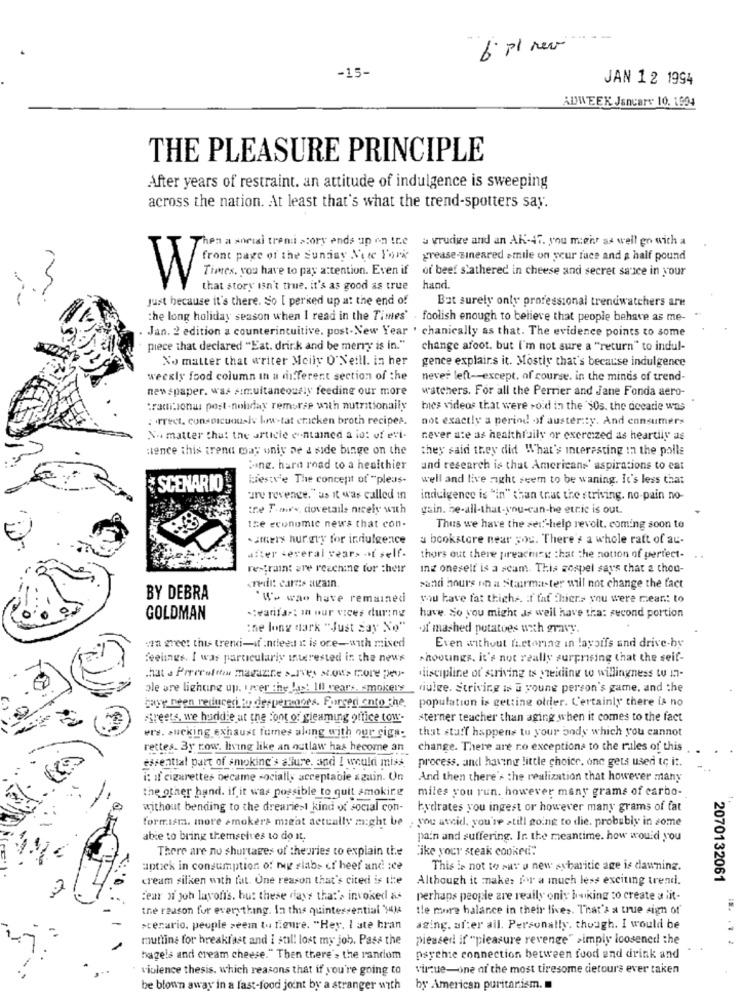
6. pl new
-15-
JAN 12 1994
ADWEEK January 10. 1504
THE PLEASURE PRINCIPLE
After years of restraint. an attitude of indulgence is sweeping
across the nation. At least that's what the trend-spotters say.
Then a social treni story ends up on the
a vrudige and an AK-47. you mehr as well go with a
front page of the Sunday Note York
grease-sineared smile on your face and a half pound
of beef slathered in cheese and secret sauce in your
Times, you have to pay attention. Even if
W
that story isn't true, it's as good as true
hand.
just because it's there. So [ perked up at the end of
Bat surely only professional trendwatchers are
the long holiday season when I read in the Times' . foolish enough to believe that people behave as me-
Jan. 2 edition a counterintuitive, post-New Year . chanically as that. The evidence points to some
piece that declared "Eat. drink and be merry is in."
change afoot. but I'm not sure a "return" to indul-
No matter that writer Mcily O'Neill. in her
gence explains it. Mostly that's because indulgence
weekly food column in a min. ferent section of the
never left-except. of course. in the minds of trend-
newspaper. was simultaneously feeding our more
watchers. For all the Perrier and Jane Fonda aero-
..
traditional post -noliday remorse with nutritionally
bes videos that were sold in the Sos. the decade was
: trect, conspicuously low-tat chicken broth recipes.
not exactly a period of austerity. And consumers
No matter that the article contained a id: uf evi-
never ate as healthfuily or excreized as heardily as
Hence this trend may wniy De a side binge on the
they said they did What's interesting In the polls
Ping. hard road to a healthier
and research is that Americans' aspirations to eat
Liestv'e The concept of "pleas-
well and live right seem to be waning. It's less that
SCENARIO
are revenge."as it was called in
indulgence is "in" than that the striving. no-pain no-
tre T.ow's, dovetails nicely with
gain. be-all-that-you-can-be etric is out.
Ise economic news that con-
Thus we have the self-help revolt. coming soon to
.steix hurgry for indulgence
a bookstore near you. There's a whole raft of au-
after several years of self.
thors out there preaching that the notion of perfect-
restraint are reaching for their
Ing oneself is a scam. This gospel says that 2 thou-
credit cards again.
sandi hours on a Stairmaster will not change the fact
BY DEBRA
"We wao have remained
you have fat thighs. : f faf thiers you were meant to
GOLDMAN
-: varifa»: in our vices during
have so you might as well have tha: second portion
the long dark "Just say No"
of mashed potatoes with gravy.
:ma greet this trendi-if :need it is ore-with mixed
Even without factoring in layoffs and drive-by
feelings. I was particularly interested in the news
shooungs. it's not really surprising that the self-
that a Prreroftown magazine survey shows more peu-
discipline of striving ts yreiding to willingness w 17-
ale are lighung up. iover the last Il vears. smokers_dulce. Striving is a young person's game, and the
gayy neen reduced to desperadoes. Forced onto the population is getting older. Certainly there is no
streets, we huddie at the font of gleaming office tow-
sterner teacher than aging when it comes to the fact
that stuff happens tu your body which you cannot
ers. sucking exhaust fumes along with our ciga:
rettes. 3y row. living like an outlaw has hecome an
change. There are no exceptions to the rules of this
essential part of smoking's allure, and I would miss
process. and having little choice. one gets used to it.
-
i: If cigarettes became socially acceptable szuin. Un
And then there's the realization that however many
the other hand. if it was possible to quit smoking
miles you run. however many grams of carbo-
1.
without bending to the dreariesI kind of social con-
hydrates you ingest or however many grams of fat
formisma. more smokers might actually might be . you avcid. you're still going to die. probably in some
abie to bring themselves to do it.
pain and suffering. Ir. the meantime. how would you
There are no shurtages of theuries to explain the
like your steak cooked"
aptek in consumption of nig slabs of heel and ice
This is not to sur u new sybaritic age is dawning.
cream silken with fat. Une reason that's cited is the
Although it makes for a much less exciting trend.
2070132061
fear of joh layoff's, but these days that's invoked as
perhaps people are really only booking to create a lit-
the reason for everything. In this quintessential Ml
the more halance in their lives. That's a true sign of
scenario, people seem to figure. "Hey. I ate bran
aging. after all. Personally. though. I would be
muttine for breakfast and i stil! lost my job. Pass the
pleased! if "pleasure revenge" >imply loosened the
hagels and cream cheese." Then there's the random
psyche connection between food and drink and
violence thesis, which reasons that if you're going to
vique-one of the most tiresome dietours ever taken
be blown away in a fast-food joint by a stranger with
by American puritanism.